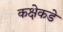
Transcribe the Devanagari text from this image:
कक्षेकडे